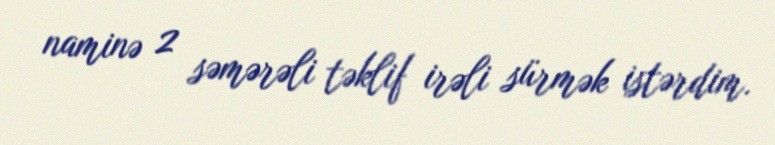
naminə 2 səmərəli təklif irəli sürmək istərdim.